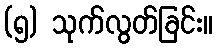
(၅) သုက်လွတ်ခြင်း။